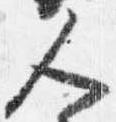
人